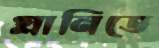
গ্লানিতে